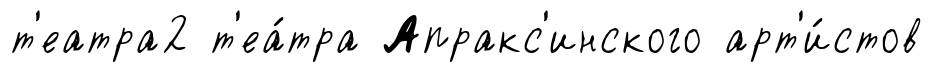
т'еатра2 т'еа́тра Апракс'инского арт'и́стов